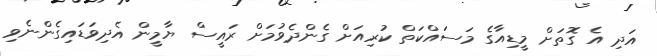
އަދި އެ ގޮތަށް މީޑިއާގެ މަސައްކަތް ކުރިއަށް ގެންދެވުމަށް ރައީސް ޔާމީން އެދިވަޑައިގެންނެވި